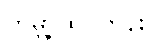
ကမ္ဘာ့ထိပ်တန်း